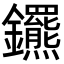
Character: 𨰟